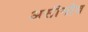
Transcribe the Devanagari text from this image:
असीमोव